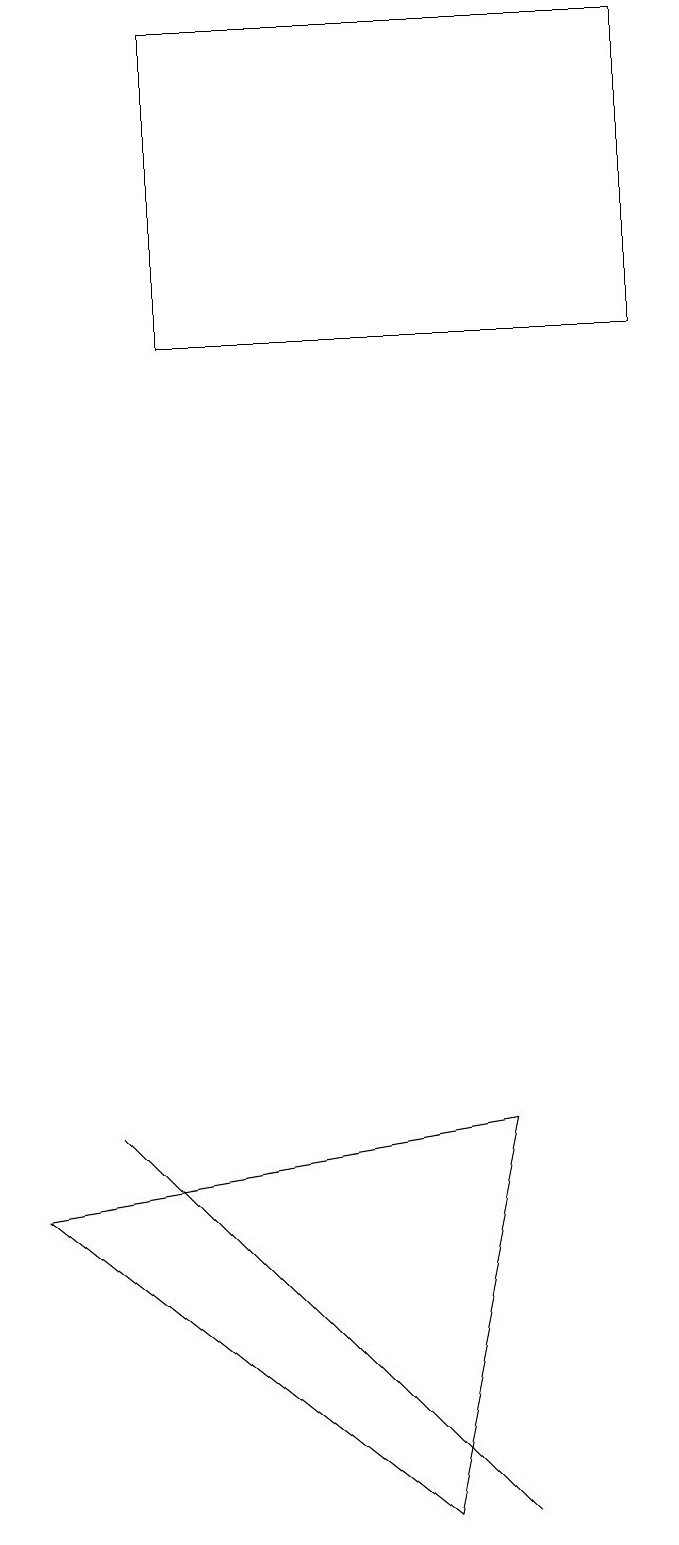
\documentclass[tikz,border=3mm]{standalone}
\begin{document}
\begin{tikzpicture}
\draw (6,0) -- (1,5) -- (5,1) -- cycle;
\draw (2,19) rectangle (8,15);
\draw (0,4) -- (6,5) -- (5,0) -- cycle;
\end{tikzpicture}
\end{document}